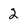
Character: 2